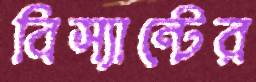
বিস্যান্টের